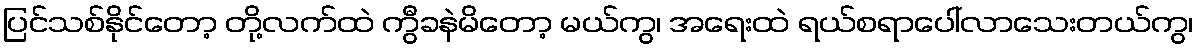
ပြင်သစ်နိုင်တော့ တို့လက်ထဲ ကွီခနဲမိတော့ မယ်ကွ၊ အရေးထဲ ရယ်စရာပေါ်လာသေးတယ်ကွ၊